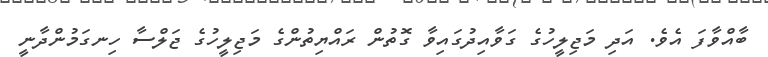
ބާއްވާފަ އެވެ. އަދި މަޖިލީހުގެ ގަވާއިދުގައިވާ ގޮތުން ރައްޔިތުންގެ މަޖިލީހުގެ ޖަލްސާ ހިނގަމުންދާނީ